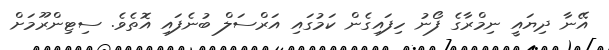
އޭނާ ދިޔައީ ނިމްރާގެ ފޯނު ހިފައިގެން ކަމުގައި އަރްސަލް ބުނެފައި އޮތެވެ. ސިޓިންރޫމަށް